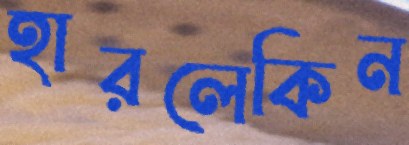
হারলেকিন